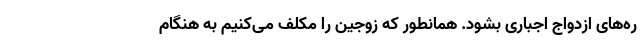
ره‌های ازدواج اجباری بشود. همانطور که زوجین را مکلف می‌کنیم به هنگام